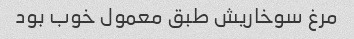
مرغ سوخاریش طبق معمول خوب بود